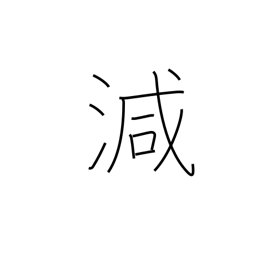
Meaning: decrease